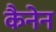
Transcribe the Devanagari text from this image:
कैनेन